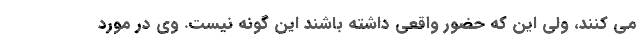
می کنند، ولی این که حضور واقعی داشته باشند این گونه نیست. وی در مورد